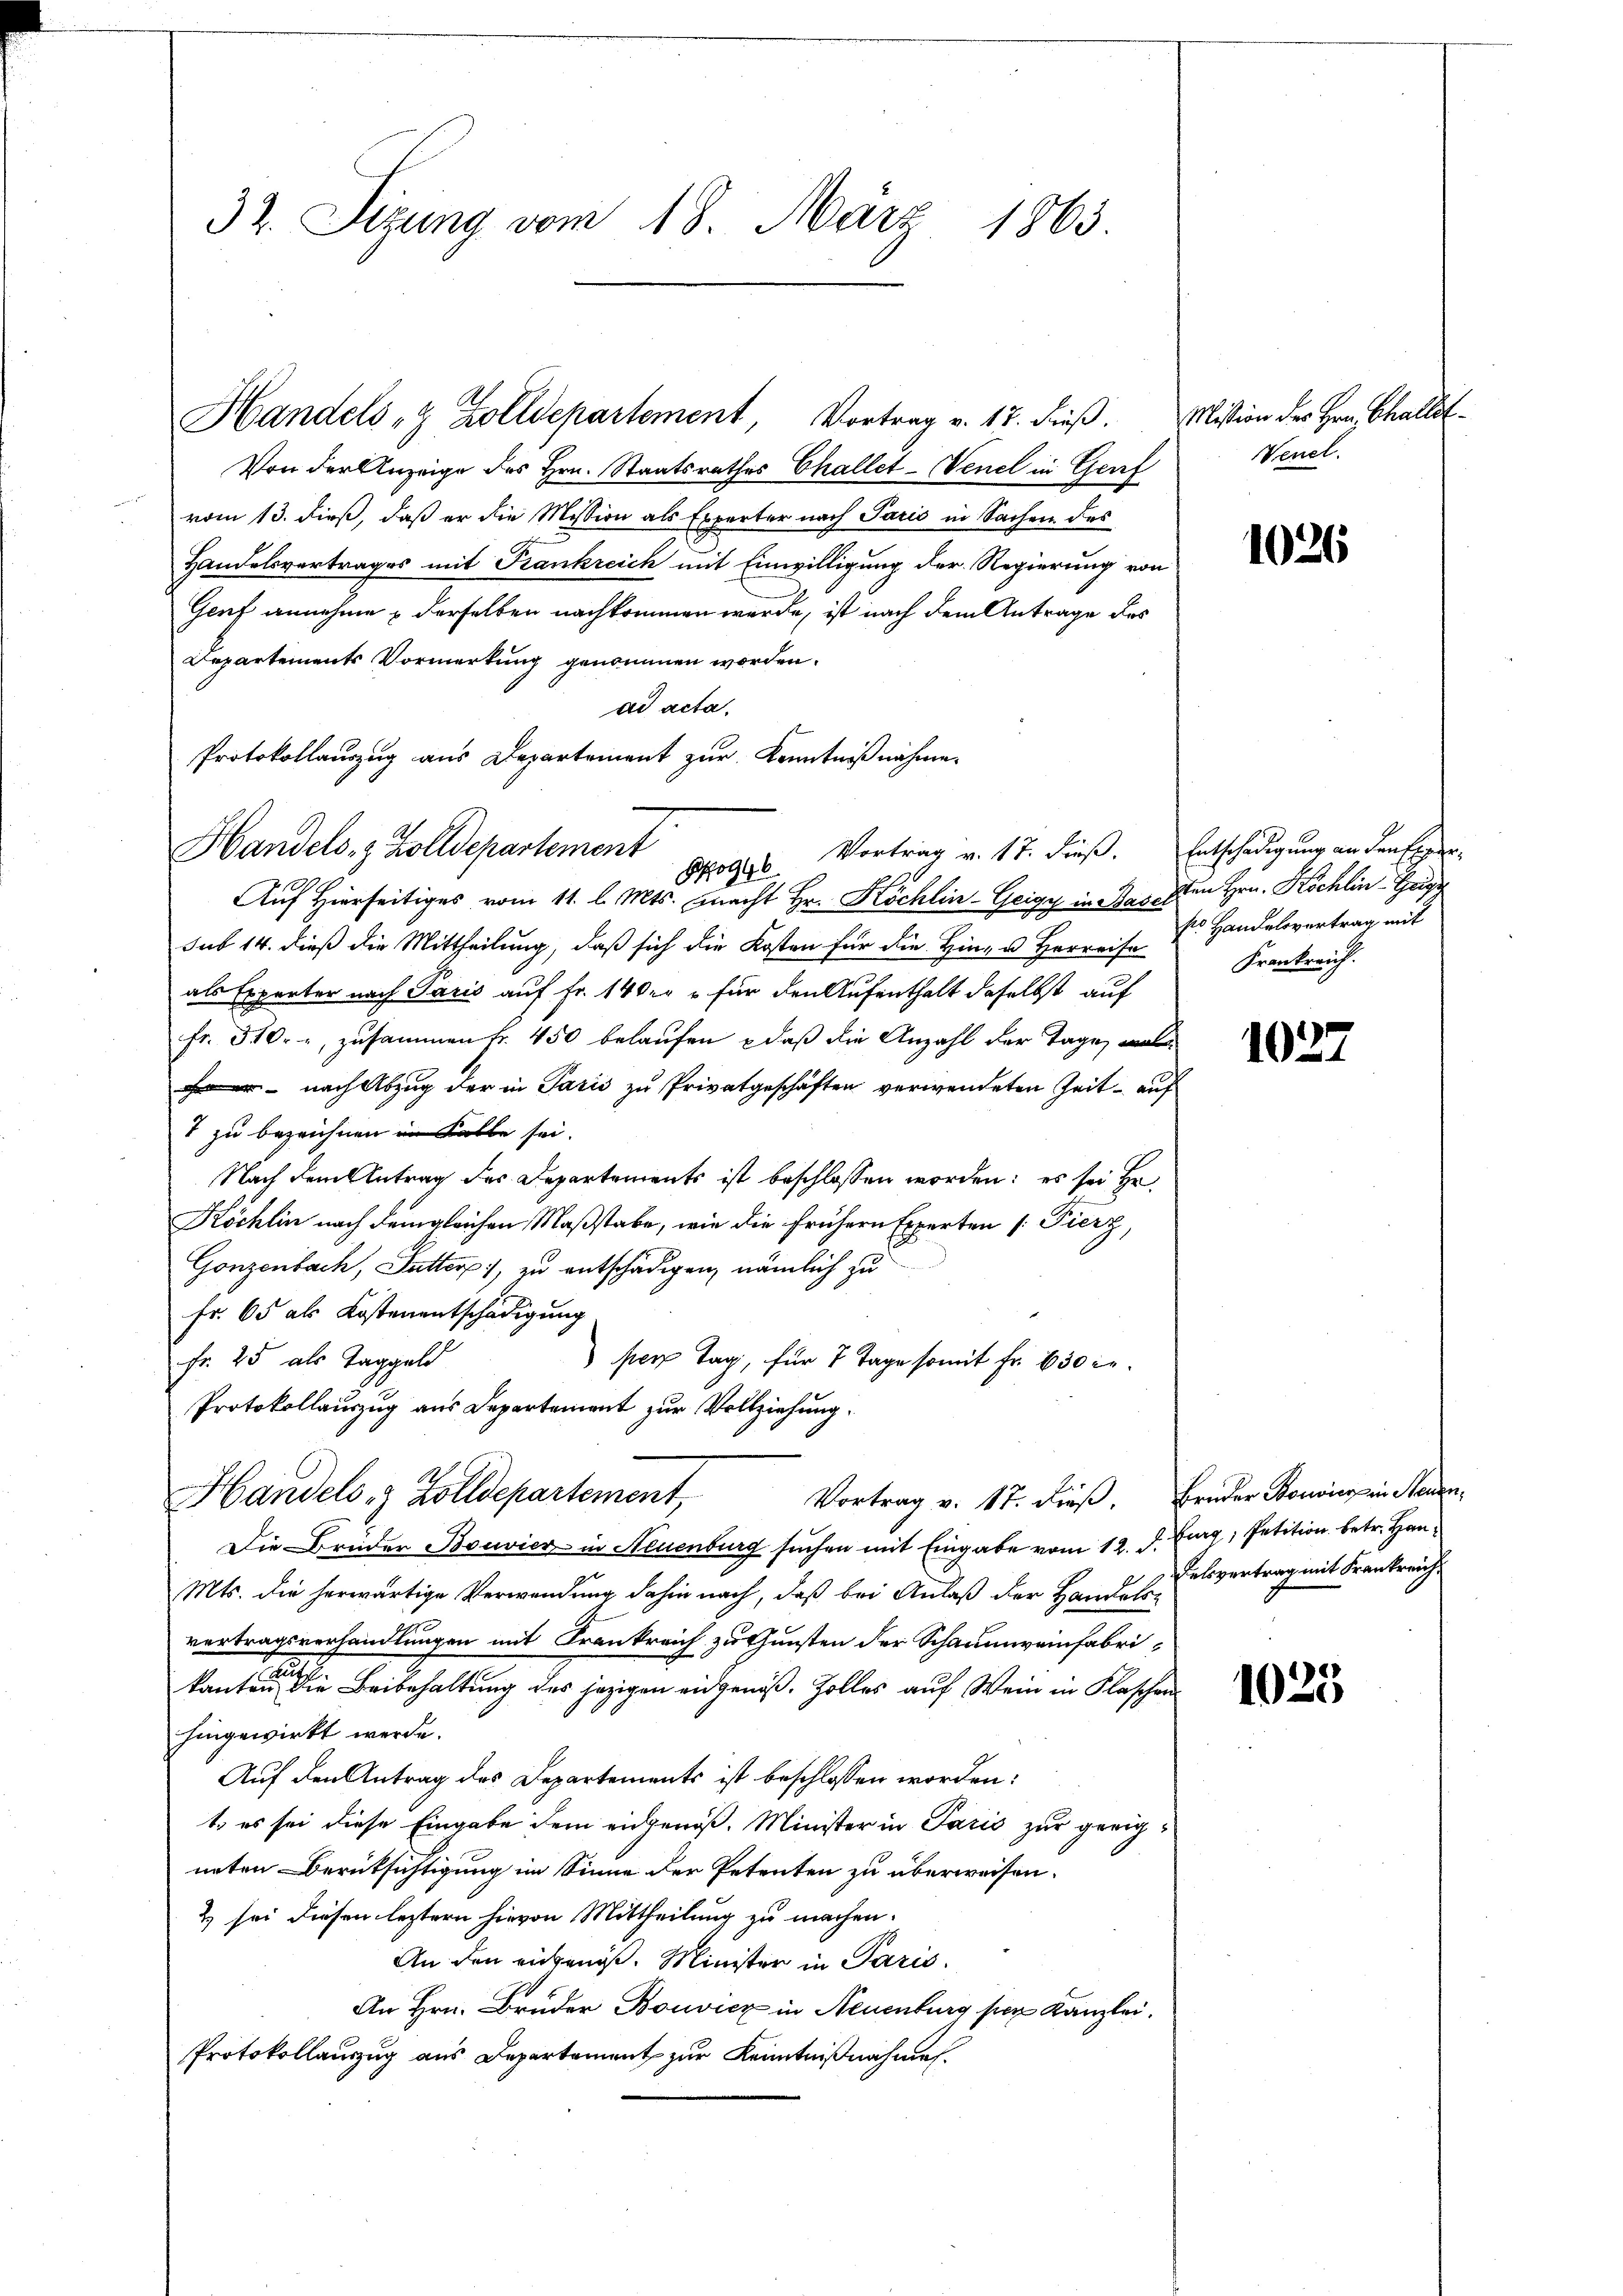
Von der Anzeige des Hrn. Staatsrathes Challet-Venel in Genf
vom 13. dieß, daß er die Mission als Experter nach Paris in Sachen des
Handelsvertrages mit Krankreich mit Einwilligung der Regierung von
Genf annehme derselben nachkommen werde, ist nach dem Antrage des
Departements Vormerkung genommen worden.
ad acta.
Protokollauszug aus Departement zur Kenntnißnahme.

32. Sizung vom 18. März 1863.

Handels & Zolldepartement, Vortrag v. 17. dieß. Mission des Hrn. Challet¬

Handels- & Zolldepartement
og Vortrag v. 17. dieß,

3
Auf Hierseitiges vom 11. l. Mts. macht Hr. Köchlin-Geige in Bassen Hrn. Köchlin Geige
sub 14. dieß die Mittheilung, daß sich die Kosten für die Hin- u Herreise
als Experter nach Jacis auf Fr. 140er u für den Aufenthalt daselbst auf
fr. 310. - zusammen Fr. 450 belaufen – daß die Anzahl der Tage, wel
 - nach Abzug der in Paris zu Privatgeschäften verwendeten Zeit auf
7 zu bezeichnen im Falle sei.
Nach dem Antrag des Departements ist beschlossen worden: es sei Hr.
Köchlin nach dem gleichen Maßstabe, wie die frühern Experten [Pierz,
Gonzenbach, Futter 1, zu entschädigen, nämlich zu
Fr. 65 als Kostenentschädigung
Fr. 25 als Taggeld
per Tag, für 7 Tage somit Fr. 630 ge¬
Protokollauszug aus Departement zur Vollziehung.
Die Brüder Bouvier in Neuenburg suchen mit Eingabe vom 12. d.
Mts. die herwärtige Verwendung dahin nach, daß bei Anlaß der Handels-
vertragsverhandlungen mit Frankreich zu Gunsten der Schaumeinfabri-
a
g
kantone die Beibehaltung des jezigen eidgenöß. Zolles auf Wein in Flaschen
hingewirkt werde.
Auf den Antrag des Departements ist beschlossen worden:
t, es sei diese Eingabe dem eidgenöß. Minister in Paris zur geeigneten Berüksichtigung im Sinne der Petenten zu überweisen.
2 sei diesen leztern hievon Mittheilung zu machen.
An den eingeniß. Minister in Paris.
An Hrn. Bruder Bouvicz in Neuenburg per Kanzlei.
Protokollauszug aus Departement zur Kenntnißnahmen.

Handels- & Zolldepartement,
Vortrag v. 17. dieß. Brüder Konvics in Neuen¬

Venel.

1026

Entschädigung an den Her
ss Handelsvertrag mit
Frankreich.

1027

Burg, Petition betr. Han¬
Felsvertrag mit Frankreich.

1025